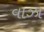
વાઝા